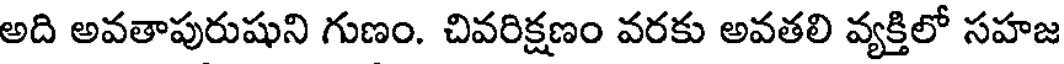
అది అవతాపురుషుని గుణం. చివరిక్షణం వరకు అవతలి వ్యక్తిలో సహజ